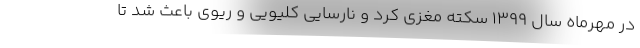
در مهرماه سال ۱۳۹۹ سکته مغزی کرد و نارسایی کلیویی و ریوی باعث شد تا